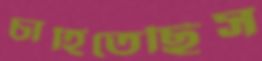
চাহিতেছিস